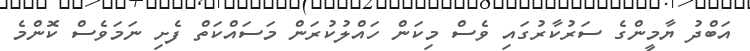
އަބްދު ޔާމީންގެ ސަރުކާރުގައި ވެސް މިކަން ހައްލުކުރަން މަސައްކަތް ފެށި ނަމަވެސް ކޮންމެ